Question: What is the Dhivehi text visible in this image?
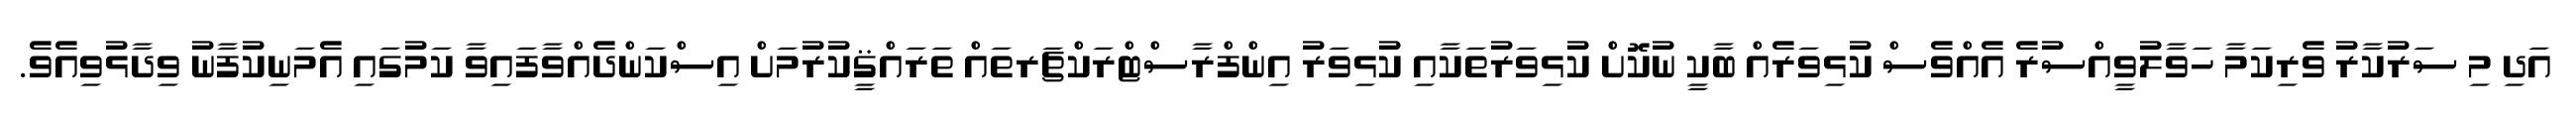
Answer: އަދި މި ސަރުކާރު ވެރިކަމާ ހަވާލުވީއްސުރެ އެއްވެސް ކުޅިވަރެއް ބާކީ ނުކޮށް ކުޅިވަރުތަކާއި ކުޅިވަރު އިންފްރާސްޓްރަކްޗަރތައް ތަރައްޤީކުރުމަށް އިސްކަންދެއްވާފައިވާ ކަމުގައި އެމަނިކުފާނު ވިދާޅުވިއެވެ.